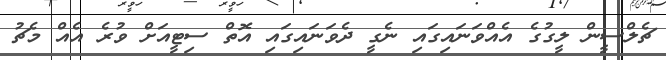
ޗެލްސީން ލީގުގެ އެއްވަނައިގައި ނެގީ ދެވަނައިގައި އޮތް ސިޓީއަށް ވުރެ އެއް މެޗު